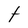
Character: t